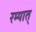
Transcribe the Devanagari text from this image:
रम्यात्